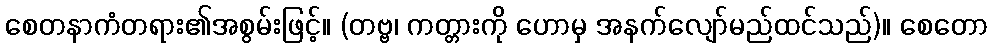
စေတနာကံတရား၏အစွမ်းဖြင့်။ (တဗ္ဗ၊ ကတ္တားကို ဟောမှ အနက်လျော်မည်ထင်သည်)။ စေတော